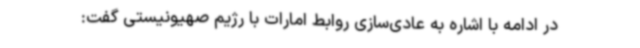
در ادامه با اشاره به عادی‌سازی روابط امارات با رژیم صهیونیستی گفت: